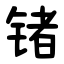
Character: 锗